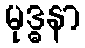
မုဒ္ဓနာ